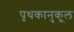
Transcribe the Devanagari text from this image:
पृथकानुकूल